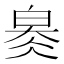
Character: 𤽬